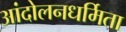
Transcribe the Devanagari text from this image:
आंदोलनधर्मिता